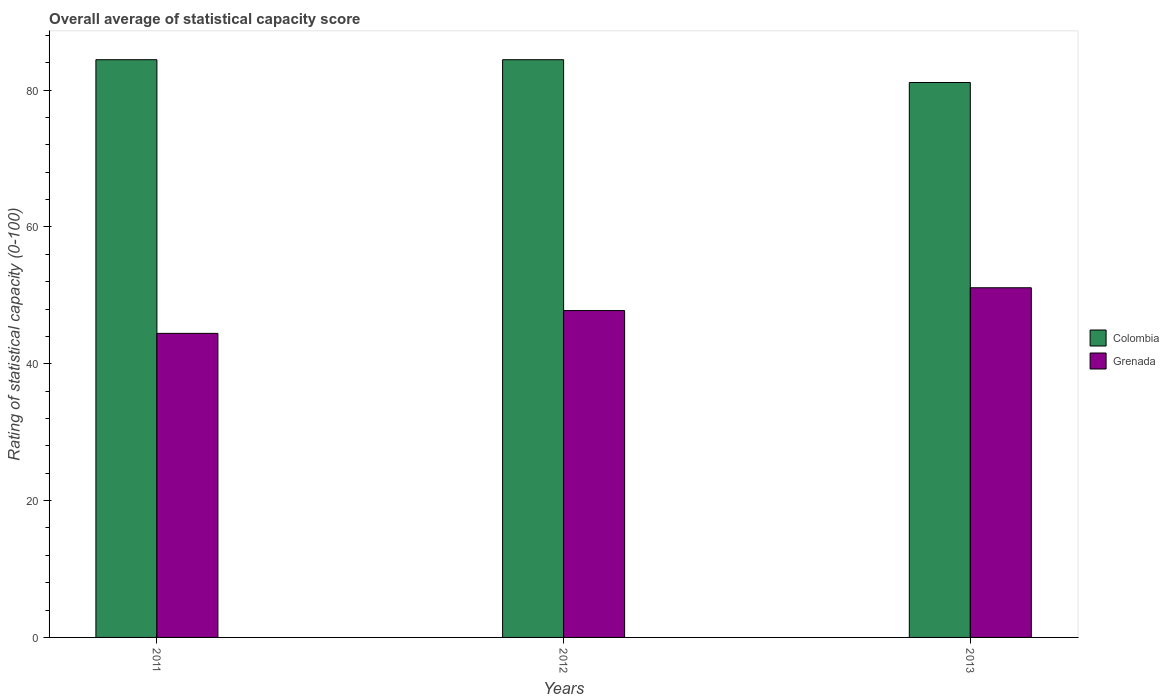
| Years | Colombia | Grenada |
 | --- | --- | --- |
 | 2011 | 84.4 | 44.4 |
 | 2012 | 84.4 | 47.8 |
 | 2013 | 81.1 | 51.1 |